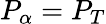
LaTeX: P_{\alpha}=P_{T}